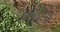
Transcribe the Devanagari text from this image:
४००६१४